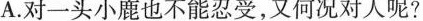
A.对一头小鹿也不能忍受，又何况对人呢?